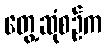
တွေ့ဆုံစဉ်က